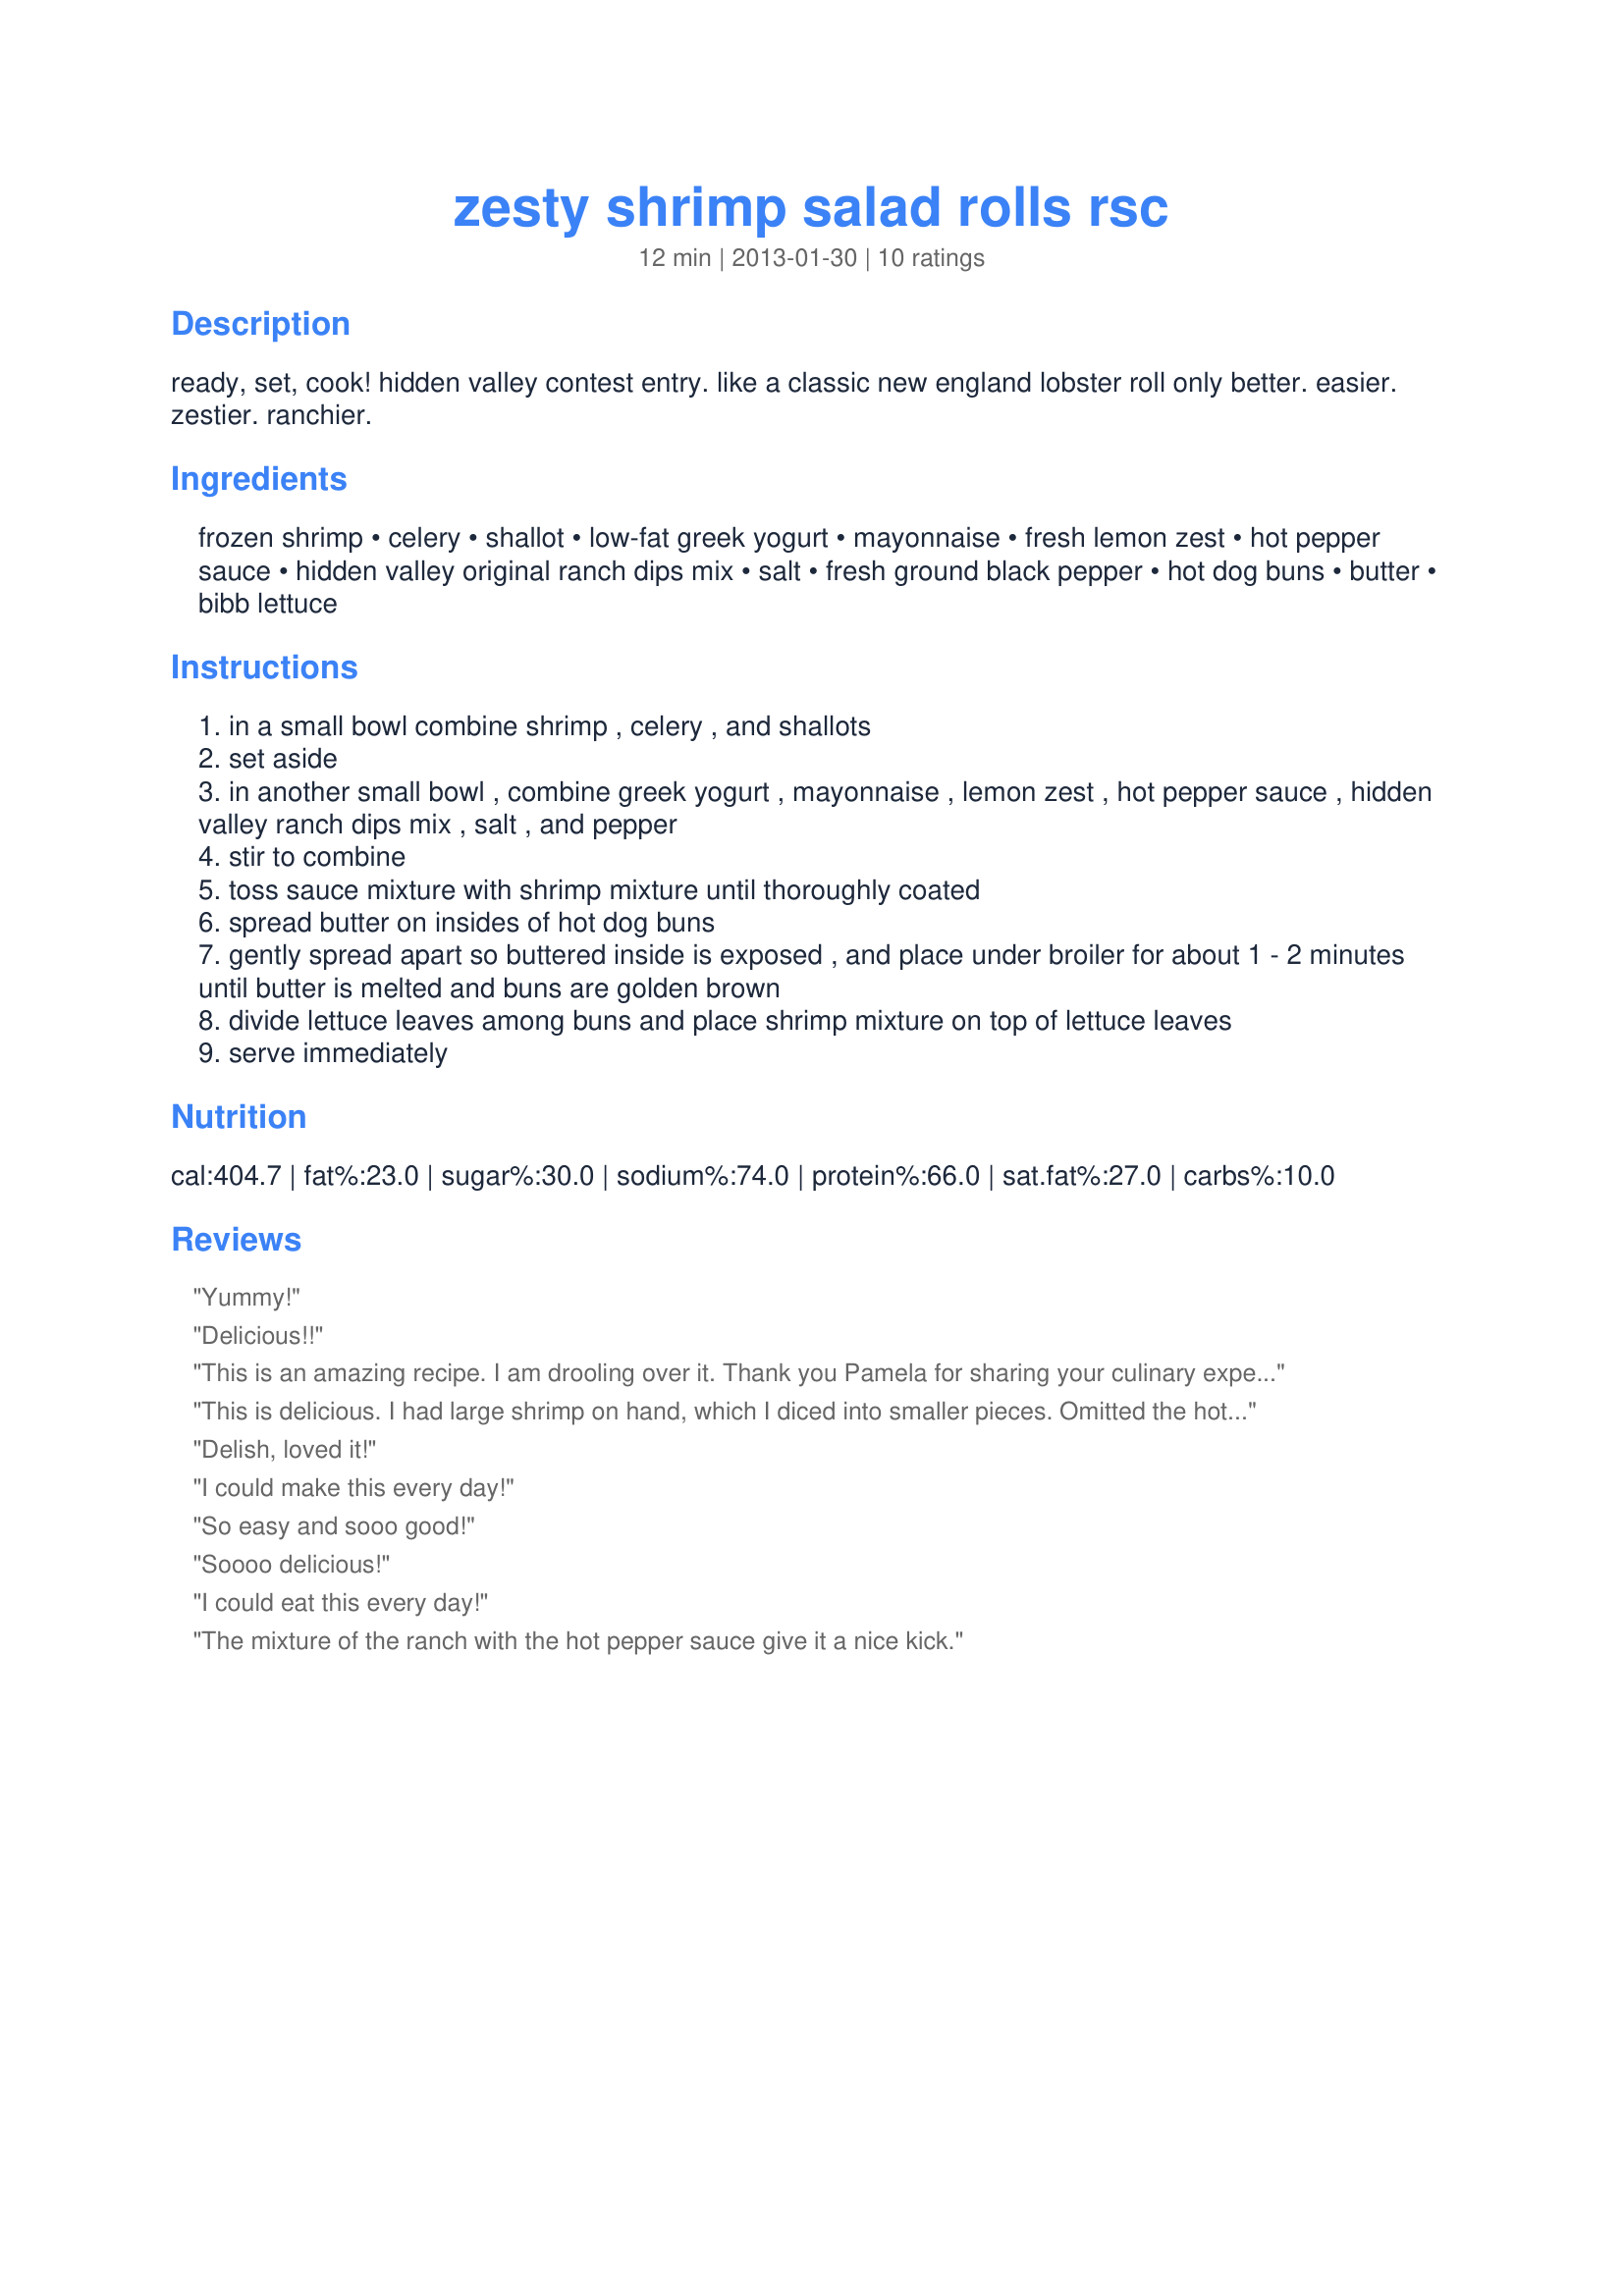
zesty shrimp salad rolls rsc
Preparation time: 12 minutes

ready, set, cook! hidden valley contest entry. like a classic new england lobster roll only better. easier. zestier. ranchier.

Ingredients:
frozen shrimp, celery, shallot, low-fat greek yogurt, mayonnaise, fresh lemon zest, hot pepper sauce, hidden valley original ranch dips mix, salt, fresh ground black pepper, hot dog buns, butter, bibb lettuce

Steps:
in a small bowl combine shrimp , celery , and shallots
set aside
in another small bowl , combine greek yogurt , mayonnaise , lemon zest , hot pepper sauce , hidden valley ranch dips mix , salt , and pepper
stir to combine
toss sauce mixture with shrimp mixture until thoroughly coated
spread butter on insides of hot dog buns
gently spread apart so buttered inside is exposed , and place under broiler for about 1 - 2 minutes until butter is melted and buns are golden brown
divide lettuce leaves among buns and place shrimp mixture on top of lettuce leaves
serve immediately

Reviews:
Yummy!
Delicious!!
This is an amazing recipe. I am drooling over it. Thank you Pamela for sharing your culinary expertise with the rest of the world.
This is delicious. I had large shrimp on hand, which I diced into smaller pieces. Omitted the hot pepper sauce, as I don't care for heat. Made for New ids on the Block Tag game. :)
Delish, loved it!
I could make this every day!
So easy and sooo good!
Soooo delicious!
I could eat this every day!
The mixture of the ranch with the hot pepper sauce give it a nice kick.
